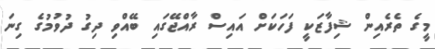
މީގެ ތެރެއިން ޝިފާޒަކީ ފަހަކަށް އައިސް ރާއްޖޭގައި ބޭއްވި ދިގު ދުވުމުގެ ގިނަ